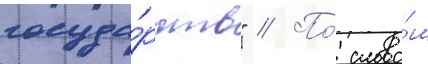
госуда́рств" // По́ слова́м